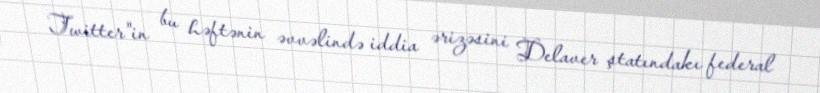
Twitter"in bu həftənin əvvəlində iddia ərizəsini Delaver ştatındakı federal